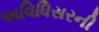
અવિધિસરની